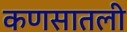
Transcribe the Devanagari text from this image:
कणसातली